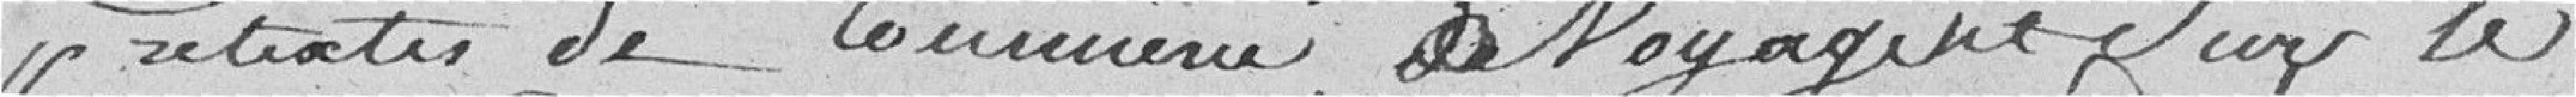
prétextes de ??? voyagent sur le